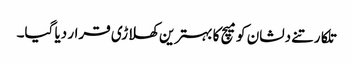
تلکارتنے دلشان کو میچ کا بہترین کھلاڑی قرار دیا گیا۔